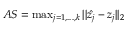
\begin{array} { r } { A S = \operatorname* { m a x } _ { j = 1 , . . . , k } { | | \hat { \boldsymbol { z } _ { j } } - \boldsymbol { z } _ { j } | | _ { 2 } } } \end{array}